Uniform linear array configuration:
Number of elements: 48
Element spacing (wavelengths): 0.75
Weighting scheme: exponential
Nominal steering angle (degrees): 60
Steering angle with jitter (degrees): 58.414
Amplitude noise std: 0.05
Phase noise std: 0.05

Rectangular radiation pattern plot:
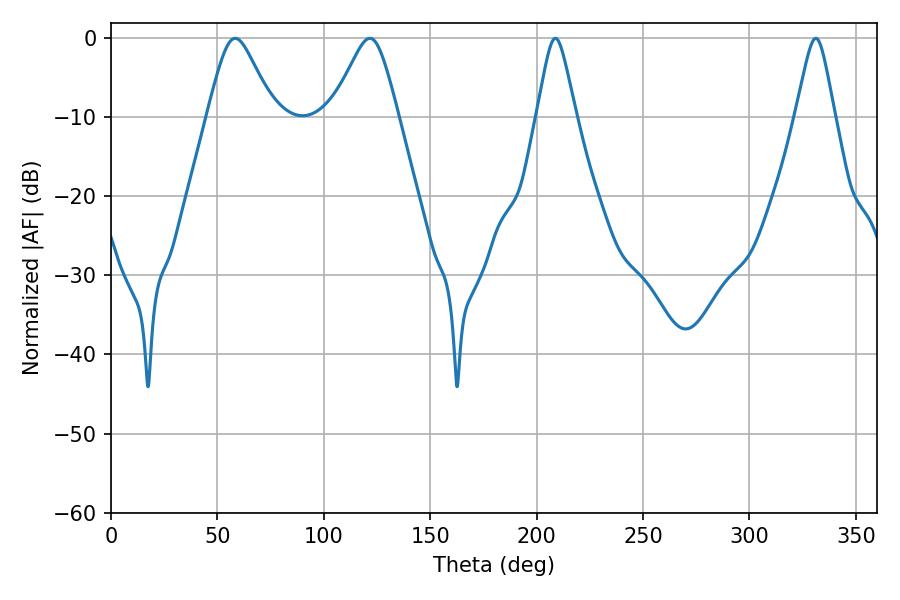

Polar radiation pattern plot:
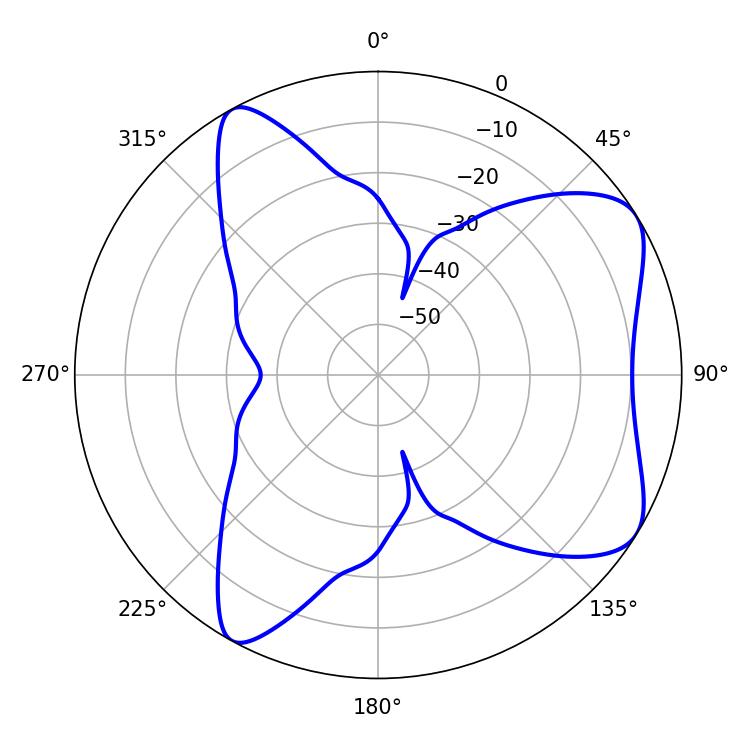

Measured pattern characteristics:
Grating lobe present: TRUE
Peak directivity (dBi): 7.068
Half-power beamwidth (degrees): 8.64
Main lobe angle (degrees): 208.8